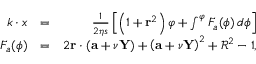
\begin{array} { r l r } { k \cdot x } & { = } & { \frac { 1 } { 2 \eta s } \left[ \left( 1 + \mathbf { r } ^ { 2 } \right) \varphi + \int ^ { \varphi } F _ { a } ( \phi ) \, d \phi \right] } \\ { F _ { a } ( \phi ) } & { = } & { 2 \mathbf { r } \cdot ( \mathbf { a } + \nu \mathbf { Y } ) + \left( \mathbf { a } + \nu \mathbf { Y } \right) ^ { 2 } + \mathcal { R } ^ { 2 } - 1 , } \end{array}